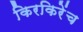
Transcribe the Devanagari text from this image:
किरकिरेंच